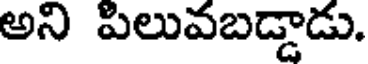
అని పిలువబడ్డాడు.